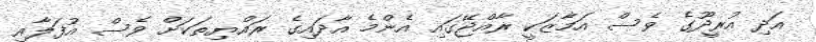
އަދި އުރީދޫގެ ވެސް އަމާޒަކީ ރާއްޖޭގައި އެންމެ އާދައިގެ ރައްޔިތަކަށް ވެސް އުފަލާއި